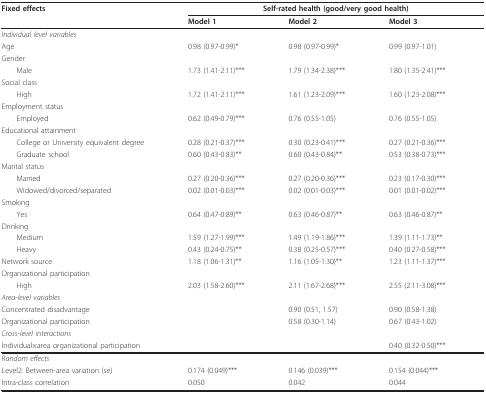
<table><thead><tr><td><b>Fixed effects</b></td><td colspan="3"><b>Self-rated health (good/very good health)</b></td></tr><tr><td></td><td><b>Model 1</b></td><td><b>Model 2</b></td><td><b>Model 3</b></td></tr></thead><tbody><tr><td><i>Individual level variables</i></td><td></td><td></td><td></td></tr><tr><td>Age</td><td>0.98 (0.97-0.99)*</td><td>0.98 (0.97-0.99)*</td><td>0.99 (0.97-1.01)</td></tr><tr><td>Gender</td><td></td><td></td><td></td></tr><tr><td> Male</td><td>1.73 (1.41-2.11)***</td><td>1.79 (1.34-2.38)***</td><td>1.80 (1.35-2.41)***</td></tr><tr><td>Social class</td><td></td><td></td><td></td></tr><tr><td> High</td><td>1.72 (1.41-2.11)***</td><td>1.61 (1.23-2.09)***</td><td>1.60 (1.23-2.08)***</td></tr><tr><td>Employment status</td><td></td><td></td><td></td></tr><tr><td> Employed</td><td>0.62 (0.49-0.79)***</td><td>0.76 (0.55-1.05)</td><td>0.76 (0.55-1.05)</td></tr><tr><td>Educational attainment</td><td></td><td></td><td></td></tr><tr><td> College or University equivalent degree</td><td>0.28 (0.21-0.37)***</td><td>0.30 (0.23-0.41)***</td><td>0.27 (0.21-0.36)***</td></tr><tr><td> Graduate school</td><td>0.60 (0.43-0.83)**</td><td>0.60 (0.43-0.84)**</td><td>0.53 (0.38-0.73)***</td></tr><tr><td>Marital status</td><td></td><td></td><td></td></tr><tr><td> Married</td><td>0.27 (0.20-0.36)***</td><td>0.27 (0.20-0.36)***</td><td>0.23 (0.17-0.30)***</td></tr><tr><td> Widowed/divorced/separated</td><td>0.02 (0.01-0.03)***</td><td>0.02 (0.01-0.03)***</td><td>0.01 (0.01-0.02)***</td></tr><tr><td>Smoking</td><td></td><td></td><td></td></tr><tr><td> Yes</td><td>0.64 (0.47-0.89)**</td><td>0.63 (0.46-0.87)**</td><td>0.63 (0.46-0.87)**</td></tr><tr><td>Drinking</td><td></td><td></td><td></td></tr><tr><td> Medium</td><td>1.59 (1.27-1.99)***</td><td>1.49 (1.19-1.86)***</td><td>1.39 (1.11-1.73)**</td></tr><tr><td> Heavy</td><td>0.43 (0.24-0.75)**</td><td>0.38 (0.25-0.57)***</td><td>0.40 (0.27-0.58)***</td></tr><tr><td>Network source</td><td>1.18 (1.06-1.31)**</td><td>1.16 (1.05-1.30)**</td><td>1.23 (1.11-1.37)***</td></tr><tr><td>Organizational participation</td><td></td><td></td><td></td></tr><tr><td> High</td><td>2.03 (1.58-2.60)***</td><td>2.11 (1.67-2.68)***</td><td>2.55 (2.11-3.08)***</td></tr><tr><td><i>Area-level variables</i></td><td></td><td></td><td></td></tr><tr><td>Concentrated disadvantage</td><td></td><td>0.90 (0.51, 1.57)</td><td>0.90 (0.58-1.38)</td></tr><tr><td>Organizational participation</td><td></td><td>0.58 (0.30-1.14)</td><td>0.67 (0.43-1.02)</td></tr><tr><td><i>Cross-level interactions</i></td><td></td><td></td><td></td></tr><tr><td>Individual×area organizational participation</td><td></td><td></td><td>0.40 (0.32-0.50)***</td></tr><tr><td><i>Random effects</i></td><td></td><td></td><td></td></tr><tr><td>Level2: Between-area variation (se)</td><td>0.174 (0.049)***</td><td>0.146 (0.039)***</td><td>0.154 (0.044)***</td></tr><tr><td>Intra-class correlation</td><td>0.050</td><td>0.042</td><td>0.044</td></tr></tbody></table>